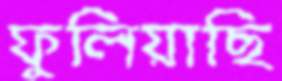
ফুলিয়াছি